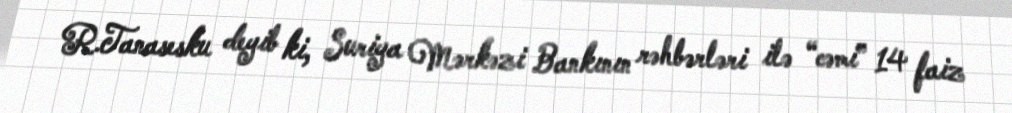
R.Tanasesku deyib ki, Suriya Mərkəzi Bankının rəhbərləri ilə “cəmi” 14 faiz